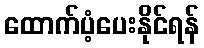
ထောက်ပံ့ပေးနိုင်ရန်